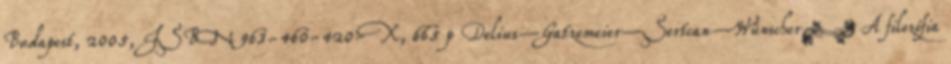
Budapest, 2005, ISBN 963-460-420-X, 665 p Delius–Gatzemeier–Sertcan–Wünscherː A filozófia